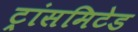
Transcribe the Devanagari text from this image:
ट्रांसमिटेड